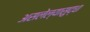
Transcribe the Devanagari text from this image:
असलेल्यासुद्धा